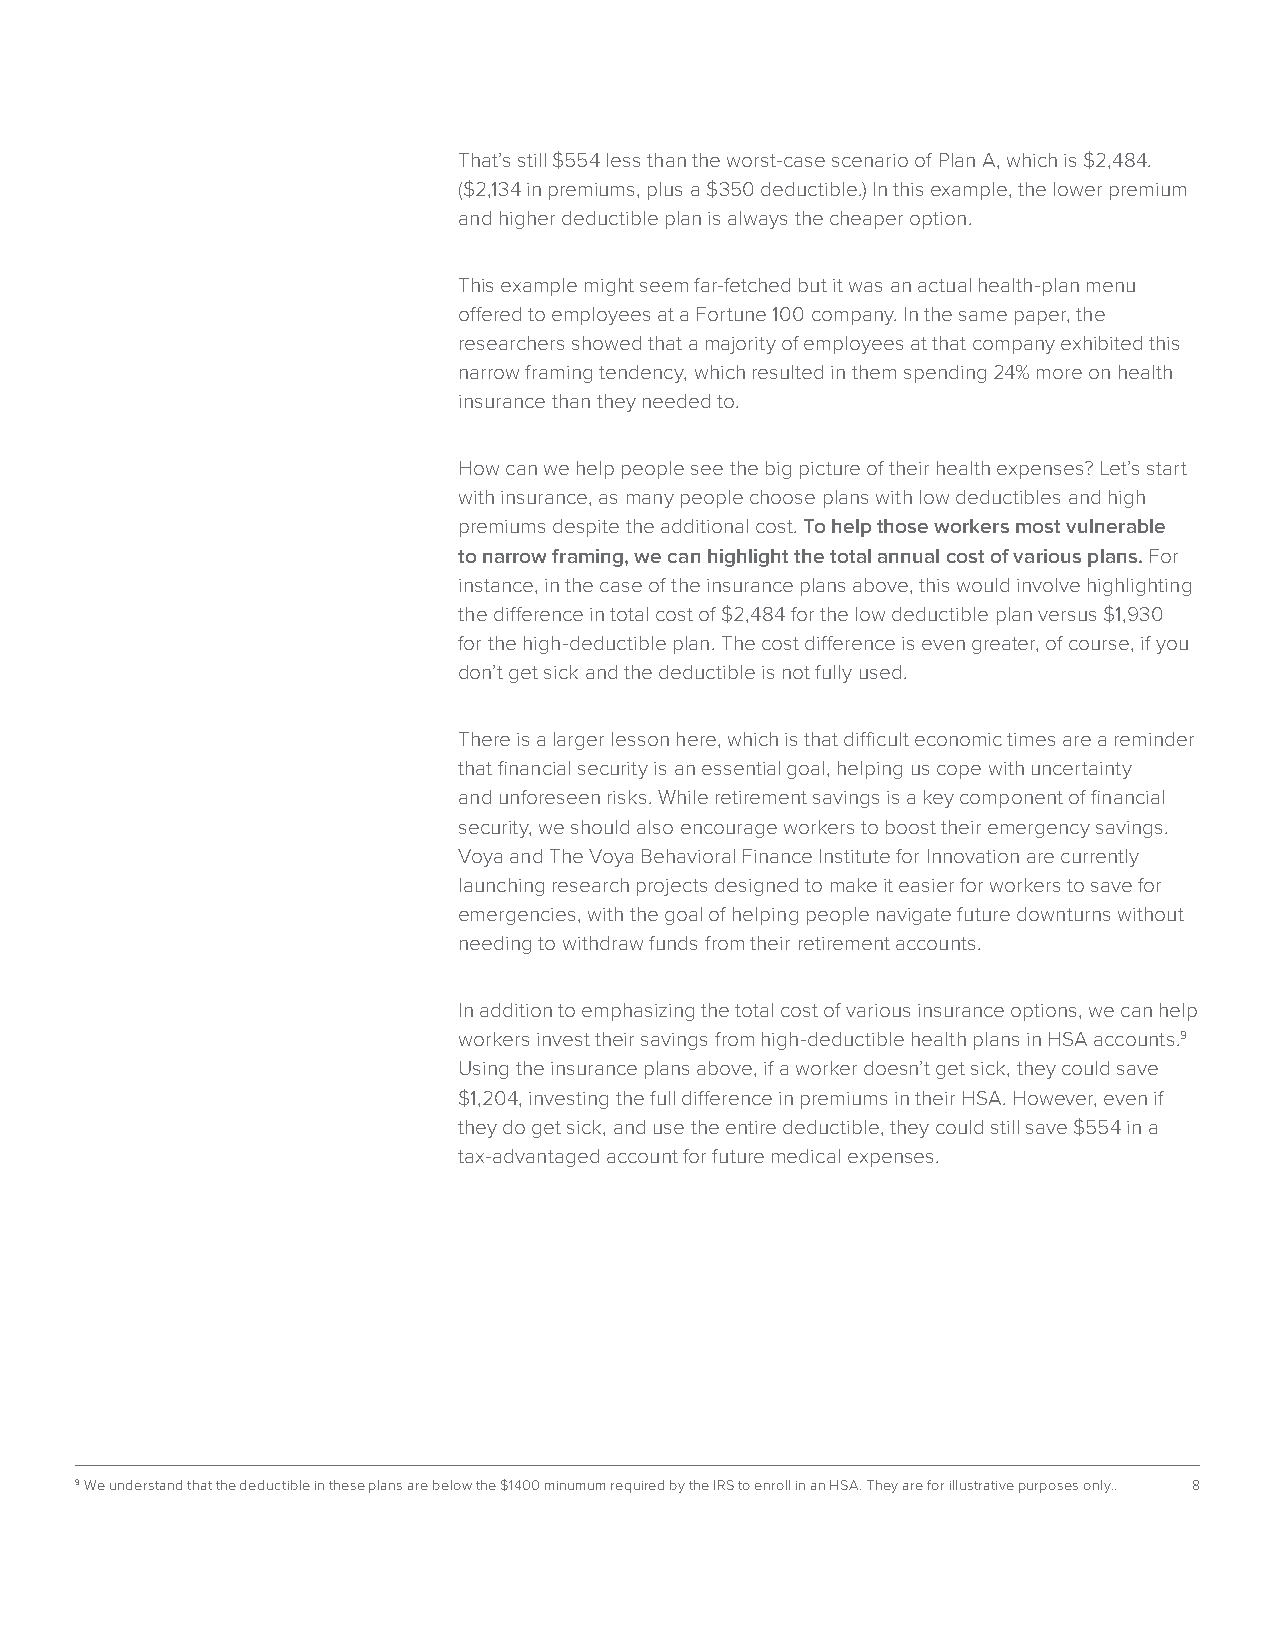
That’s still $554 less than the worst-case scenario of Plan A, which is $2,484.
 ($2,134 in premiums, plus a $350 deductible.) In this example, the lower premium
 and higher deductible plan is always the cheaper option.
 This example might seem far-fetched but it was an actual health-plan menu
 offered to employees at a Fortune 100 company. In the same paper, the
 researchers showed that a majority of employees at that company exhibited this
 narrow framing tendency, which resulted in them spending 24% more on health
 insurance than they needed to.
 How can we help people see the big picture of their health expenses? Let’s start
 with insurance, as many people choose plans with low deductibles and high
 premiums despite the additional cost. To help those workers most vulnerable
 to narrow framing, we can highlight the total annual cost of various plans. For
 instance, in the case of the insurance plans above, this would involve highlighting
 the difference in total cost of $2,484 for the low deductible plan versus $1,930
 for the high-deductible plan. The cost difference is even greater, of course, if you
 don’t get sick and the deductible is not fully used.
 There is a larger lesson here, which is that difficult economic times are a reminder
 that financial security is an essential goal, helping us cope with uncertainty
 and unforeseen risks. While retirement savings is a key component of financial
 security, we should also encourage workers to boost their emergency savings.
 Voya and The Voya Behavioral Finance Institute for Innovation are currently
 launching research projects designed to make it easier for workers to save for
 emergencies, with the goal of helping people navigate future downturns without
 needing to withdraw funds from their retirement accounts.
 In addition to emphasizing the total cost of various insurance options, we can help
 workers invest their savings from high-deductible health plans in HSA accounts.9
 Using the insurance plans above, if a worker doesn’t get sick, they could save
 $1,204, investing the full difference in premiums in their HSA. However, even if
 they do get sick, and use the entire deductible, they could still save $554 in a
 tax-advantaged account for future medical expenses.
 9 W e understand that the deductible in these plans are below the $1400 minumum required by the IRS to enroll in an HSA. They are for illustrative purposes only.. 8